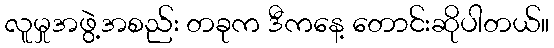
လူမှုအဖွဲ့အစည်း တခုက ဒီကနေ့ တောင်းဆိုပါတယ်။